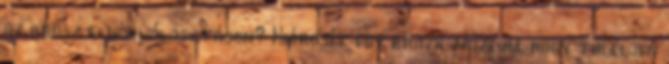
az orosz elnökválasztáson? Kiárusít egy brazil múzeum, hogy túléljen